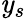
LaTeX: \mathit{y}_{s}